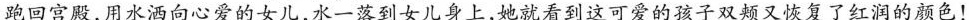
跑回宫殿，用水洒向心爱的女儿，水一落到女儿身上，她就看到这可爱的孩子双颊又恢复了红润的颜色！